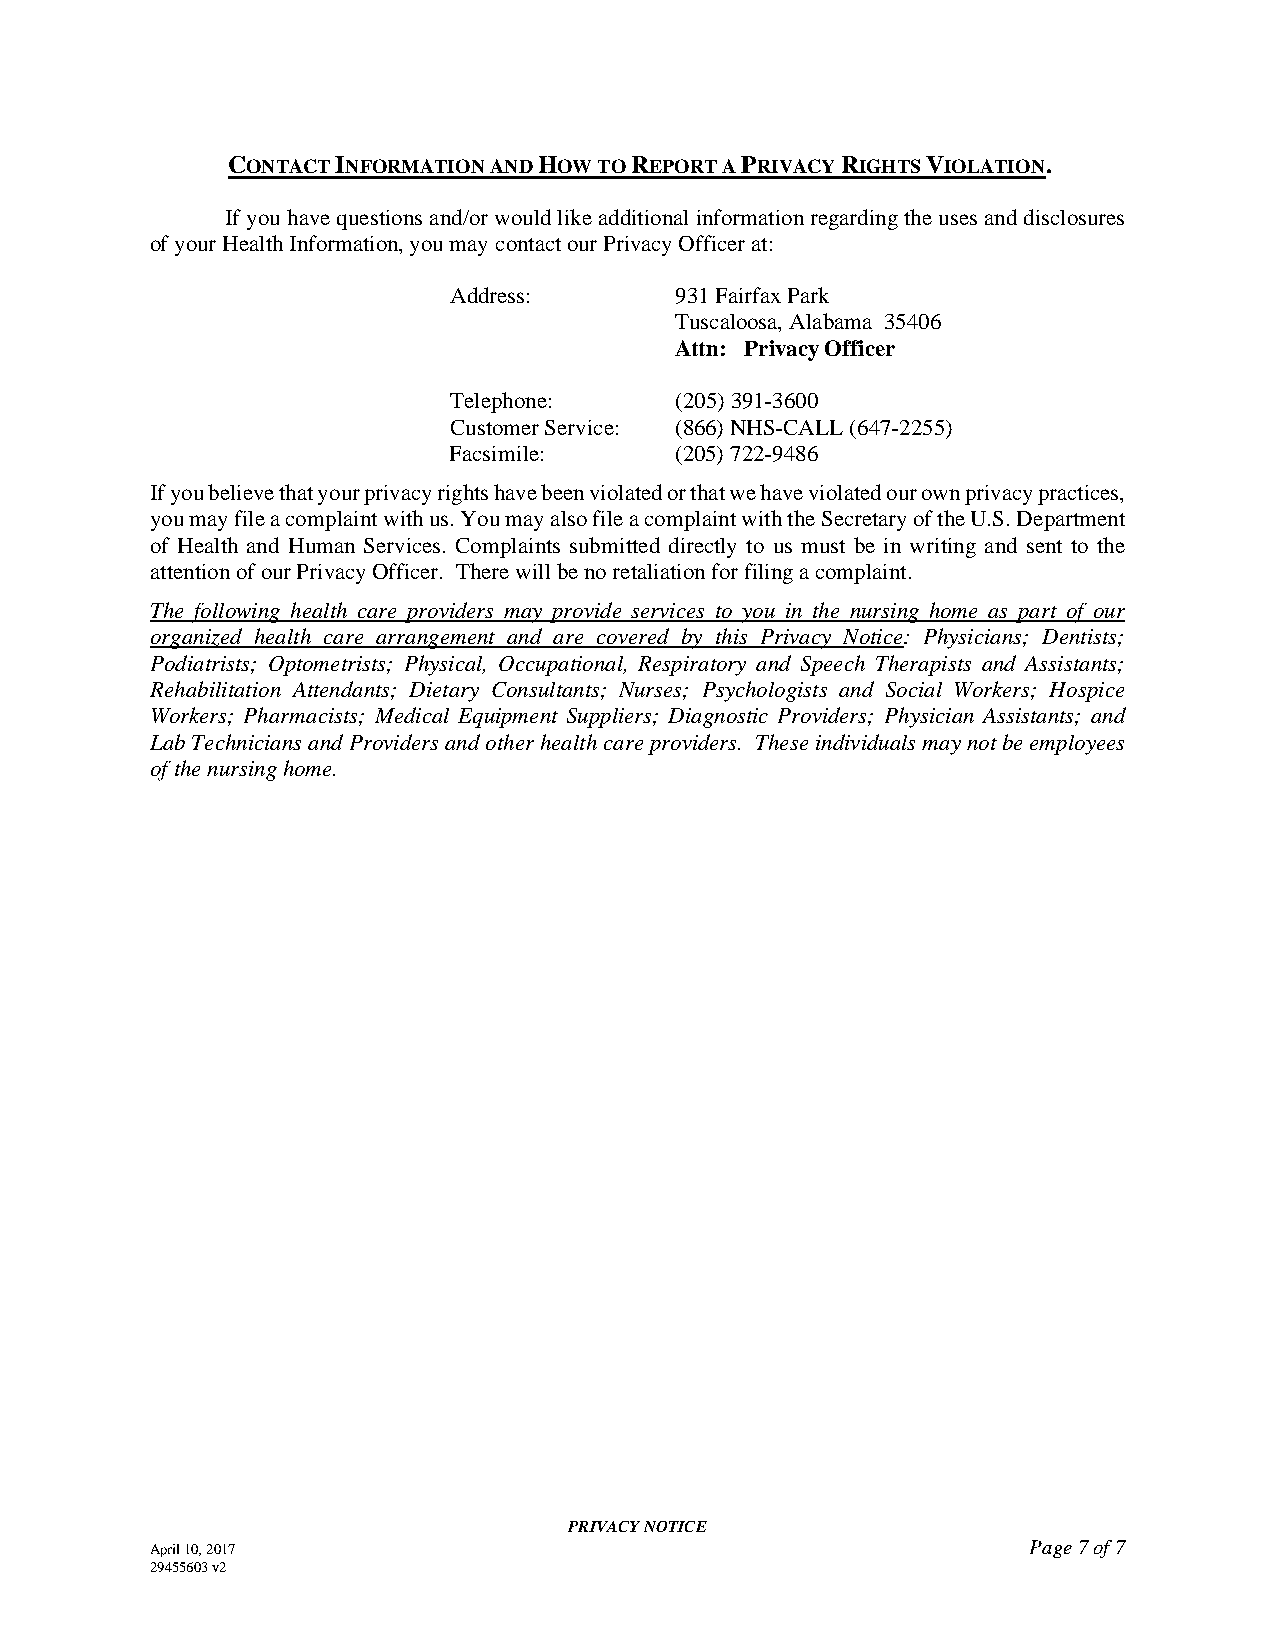
CONTACT INFORMATION AND HOW TO REPORT A PRIVACY RIGHTS VIOLATION.
 If you have questions and/or would like additional information regarding the uses and disclosures
 of your Health Information, you may contact our Privacy Officer at:
 Address:       931 Fairfax Park
 Tuscaloosa, Alabama 35406
 Attn: Privacy Officer
 Telephone:     (205) 391-3600
 Customer Service: (866) NHS-CALL (647-2255)
 Facsimile:     (205) 722-9486
 If you believe that your privacy rights have been violated or that we have violated our own privacy practices,
 you may file a complaint with us. You may also file a complaint with the Secretary of the U.S. Department
 of Health and Human Services. Complaints submitted directly to us must be in writing and sent to the
 attention of our Privacy Officer. There will be no retaliation for filing a complaint.
 The following health care providers may provide services to you in the nursing home as part of our
 organized health care arrangement and are covered by this Privacy Notice: Physicians; Dentists;
 Podiatrists; Optometrists; Physical, Occupational, Respiratory and Speech Therapists and Assistants;
 Rehabilitation Attendants; Dietary Consultants; Nurses; Psychologists and Social Workers; Hospice
 Workers; Pharmacists; Medical Equipment Suppliers; Diagnostic Providers; Physician Assistants; and
 Lab Technicians and Providers and other health care providers. These individuals may not be employees
 of the nursing home.
 PRIVACY NOTICE
 April 10, 2017                                            Page 7 of 7
 29455603 v2